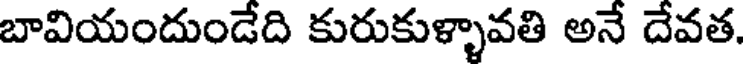
బావియందుండేది కురుకుళ్ళావతి అనే దేవత.